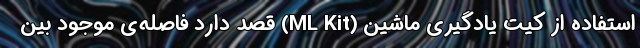
استفاده از کیت یادگیری ماشین (ML Kit) قصد دارد فاصله‌ی موجود بین